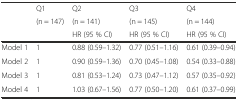
<table><thead><tr><td rowspan="3"></td><td><b>Q1</b></td><td><b>Q2</b></td><td><b>Q3</b></td><td><b>Q4</b></td></tr><tr><td><b>(n = 147)</b></td><td><b>(n = 141)</b></td><td><b>(n = 145)</b></td><td><b>(n = 144)</b></td></tr><tr><td></td><td><b>HR (95 % CI)</b></td><td><b>HR (95 % CI)</b></td><td><b>HR (95 % CI)</b></td></tr></thead><tbody><tr><td>Model 1</td><td>1</td><td>0.88 (0.59–1.32)</td><td>0.77 (0.51–1.16)</td><td>0.61 (0.39–0.94)</td></tr><tr><td>Model 2</td><td>1</td><td>0.90 (0.59–1.36)</td><td>0.70 (0.45–1.08)</td><td>0.54 (0.33–0.88)</td></tr><tr><td>Model 3</td><td>1</td><td>0.81 (0.53–1.24)</td><td>0.73 (0.47–1.12)</td><td>0.57 (0.35–0.92)</td></tr><tr><td>Model 4</td><td>1</td><td>1.03 (0.67–1.56)</td><td>0.77 (0.50–1.20)</td><td>0.61 (0.37–0.99)</td></tr></tbody></table>